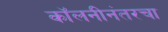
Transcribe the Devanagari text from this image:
कॉलनीनंतरचा